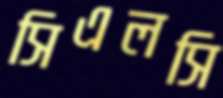
সিএলসি